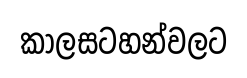
කාලසටහන්වලට